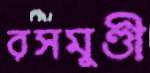
রসমুণ্ডী